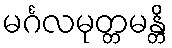
မင်္ဂလမုတ္တမန္တိ